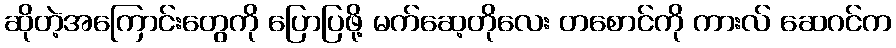
ဆိုတဲ့အကြောင်းတွေကို ပြောပြဖို့ မက်ဆေ့တိုလေး တစောင်ကို ကားလ် ဆေဂင်က